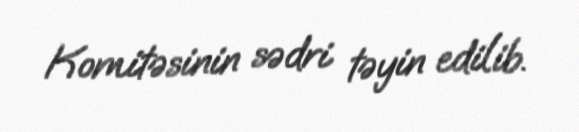
Komitəsinin sədri təyin edilib.